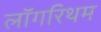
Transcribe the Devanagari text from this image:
लॉगरिथम